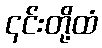
၎င်းတို့ထံ